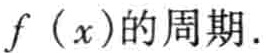
$f\left(x\right)的周期.$